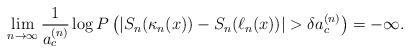
LaTeX: \begin{align*}\lim_{n\to\infty}\frac{1}{a_c^{(n)}}\log P\left(|S_n(\kappa_n(x))-S_n(\ell_n(x))|>\delta a_c^{(n)}\right)=-\infty.\end{align*}